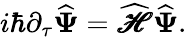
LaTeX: i\hbar\partial_{\tau}{\widehat{\boldsymbol{\Psi}}}={\widehat{\pmb{\mathscr{H}}}}{\widehat{\boldsymbol{\Psi}}}.